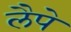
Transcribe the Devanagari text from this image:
लैपे